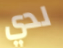
لدي